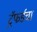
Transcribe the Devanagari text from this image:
ट्रॅफर्डचा